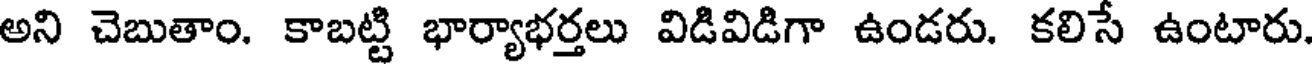
అని చెబుతాం. కాబట్టి భార్యాభర్తలు విడివిడిగా ఉండరు. కలిసే ఉంటారు.